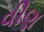
વીણ